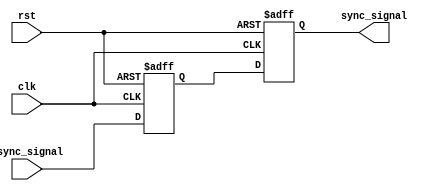
module dual_flip_flop_synchronizer (
    input wire async_signal,  // Input signal from asynchronous clock domain
    input wire clk,           // Clock signal of the target clock domain
    input wire rst,           // Optional reset signal
    output reg sync_signal     // Synchronized output signal
);

    // Internal signals for the two flip-flops
    reg sync_signal1;

    // First flip-flop (FF1)
    always @(posedge clk or posedge rst) begin
        if (rst) begin
            sync_signal1 <= 1'b0; // Reset state
        end else begin
            sync_signal1 <= async_signal; // Sample async_signal
        end
    end

    // Second flip-flop (FF2)
    always @(posedge clk or posedge rst) begin
        if (rst) begin
            sync_signal <= 1'b0; // Reset state
        end else begin
            sync_signal <= sync_signal1; // Sample output of FF1
        end
    end

endmodule